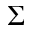
\Sigma